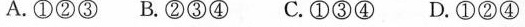
A.①②③ B.②③④ C.①③④ D.①②④